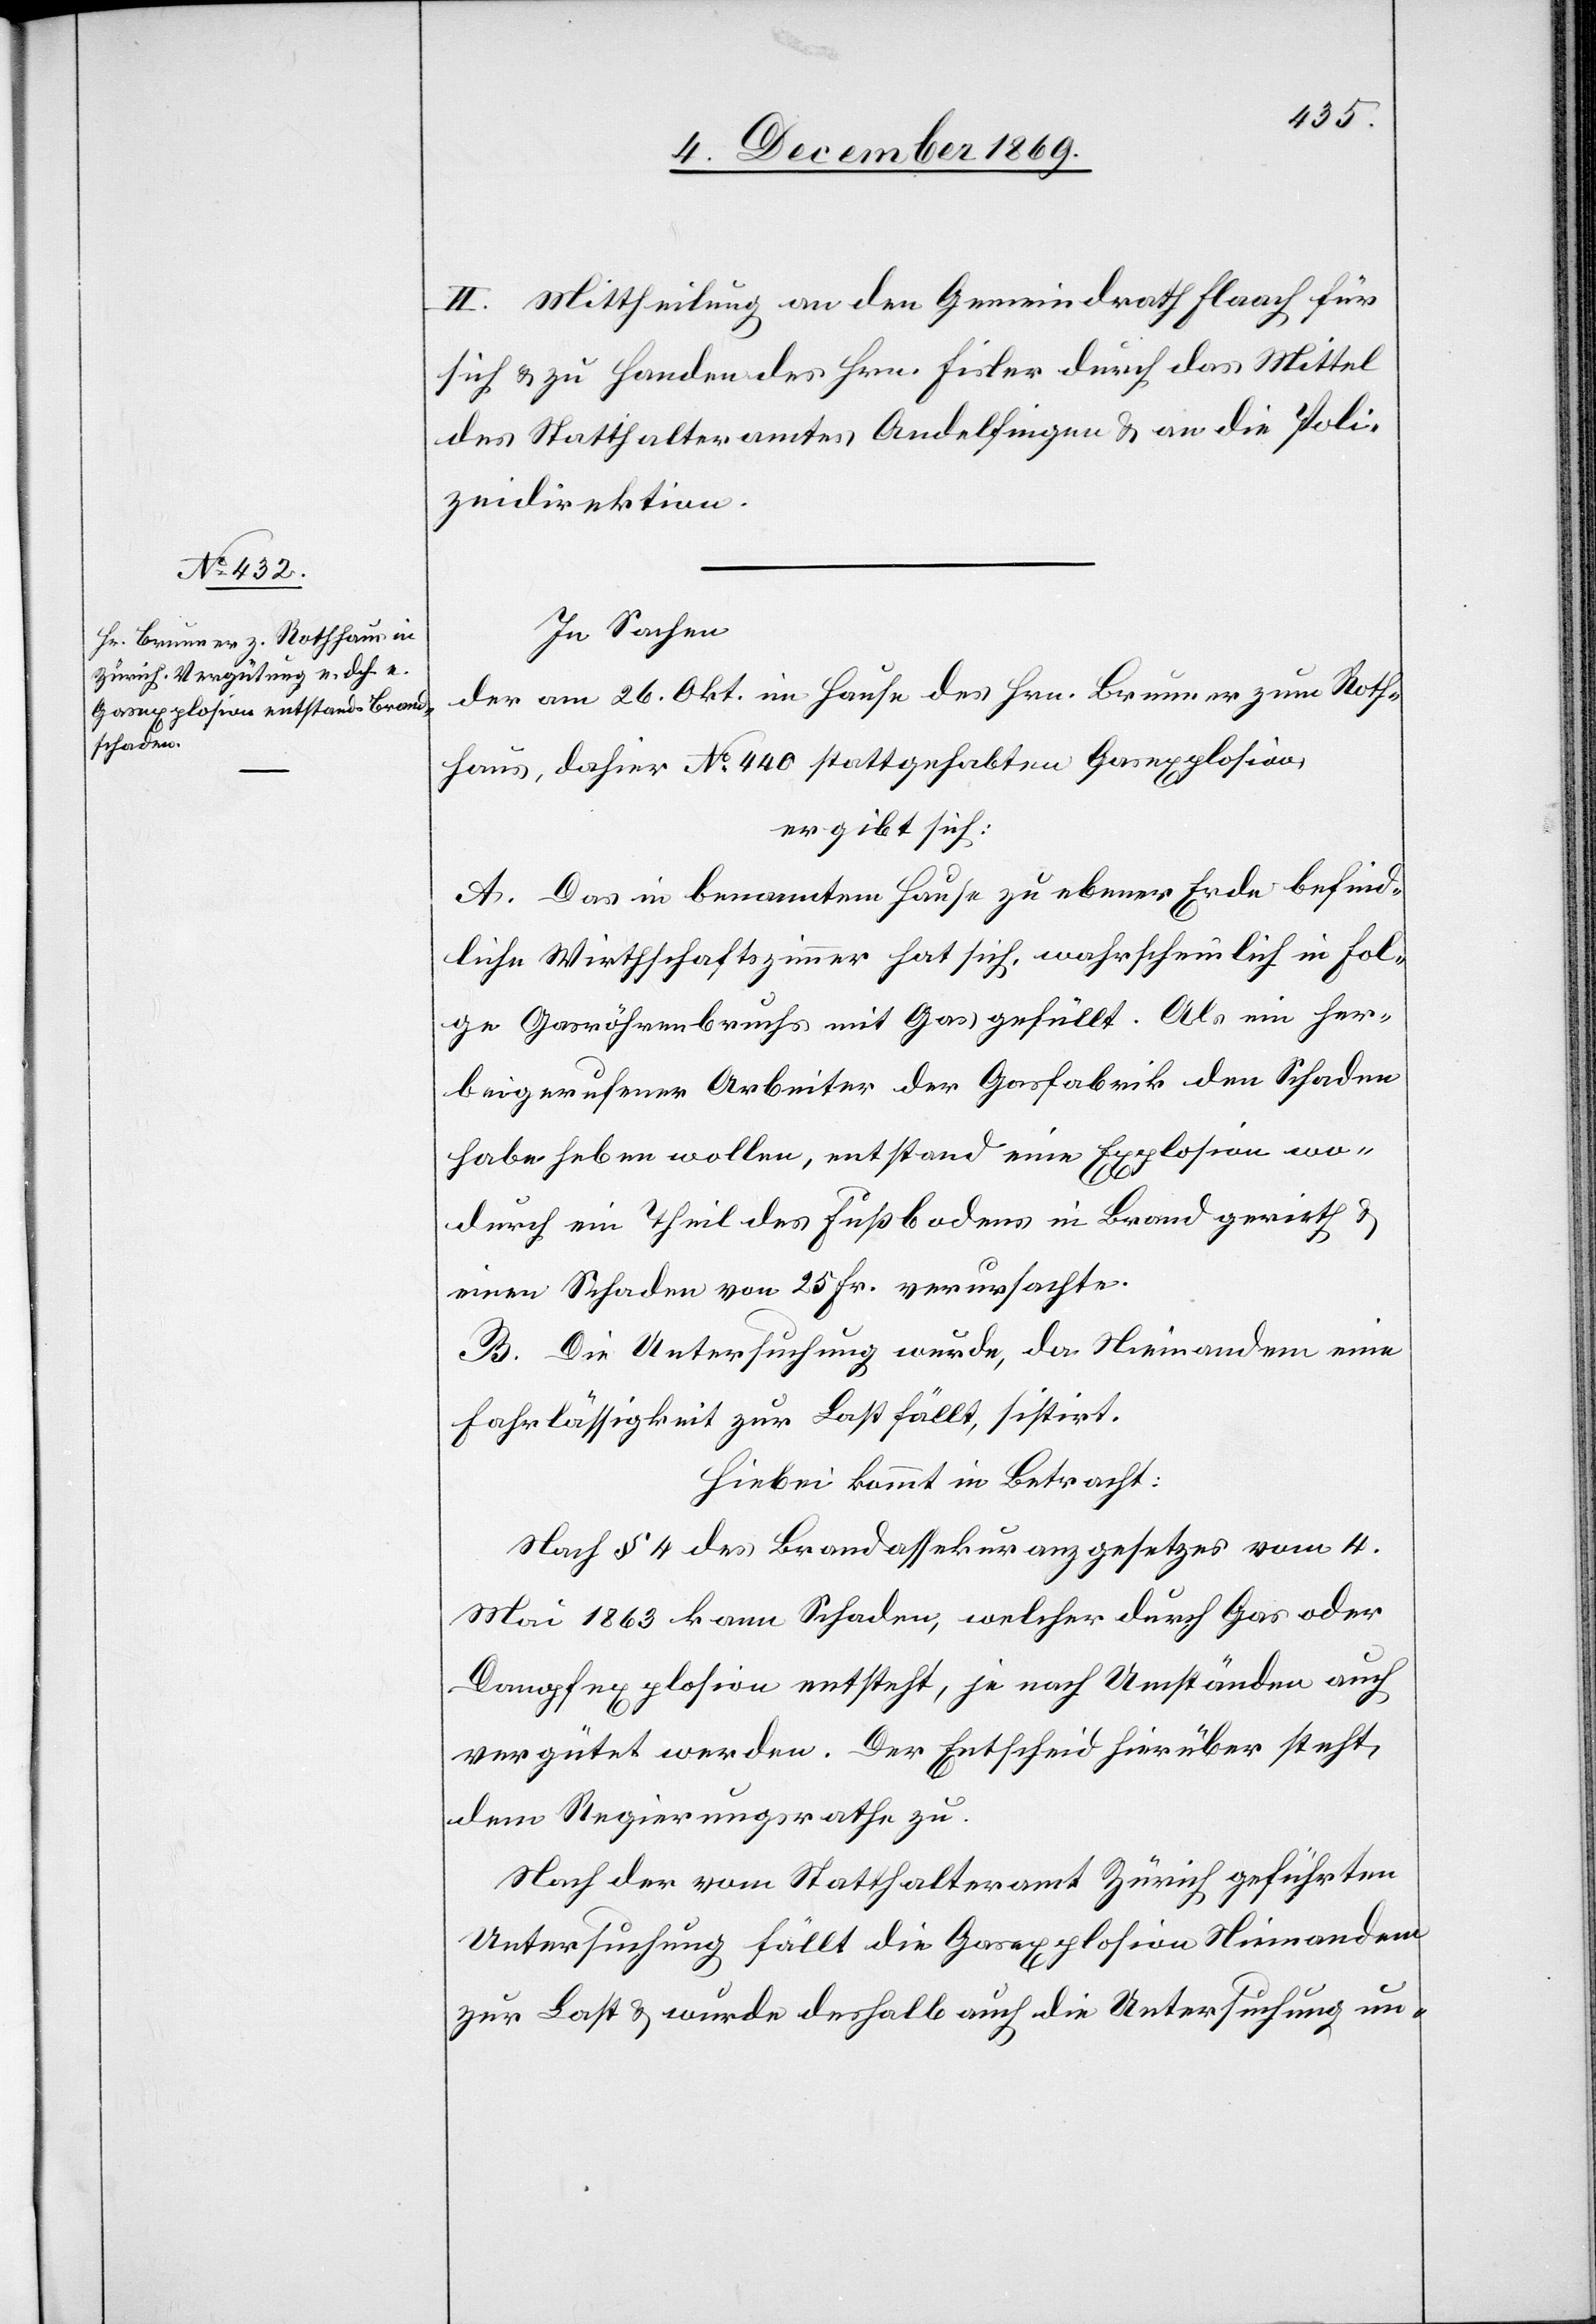
II. Mittheilung an den Gemeindrath Flaach für
sich & zu Handen des Hrn. Fisler durch das Mittel
des Statthalteramtes Andelfingen & an die Poli¬
zeidirektion.
In Sachen
der am 26. Okt. im Hause des Hrn. Brunner zum Roth¬
haus, dahier No 440 stattgehabten Gasexplosion,
ergibt sich:
A. Das in benanntem Hause zu ebener Erde befind¬
liche Wirthschaftszimmer hat sich, wahrscheinlich in Fol¬
ge Gasröhrenbruchs mit Gas gefüllt. Als ein her¬
beigerufener Arbeiter der Gasfabrik den Schaden
habe heben wollen, entstand eine Explosion wo¬
durch ein Theil des Fußbodens in Brand gerieth &
einen Schaden von 25 Fr. verursachte.
B. Die Untersuchung wurde, da Niemandem eine
Fahrlässigkeit zur Last fällt, sistirt.
Hiebei kommt in Betracht.
Nach § 4 des Brandassekuranzgesetzes vom 4.
Mai 1863 kann Schaden, welcher durch Gas oder
Dampfexplosion entsteht, je nach Umständen auch
vergütet werden. Der Entscheid hierüber steht
dem Regierungsrathe zu.
Nach der vom Statthalteramt Zürich geführten
Untersuchung fällt die Gasexplosion Niemandem
zur Last & wurde deshalb auch die Untersuchung un-